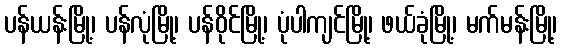
ပန်ယန်းမြို့၊ ပန်လုံမြို့၊ ပန်ဝိုင်မြို့၊ ပုံပါကျင်မြို့၊ ဖယ်ခုံမြို့၊ မက်မန်းမြို့၊